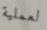
لعملية